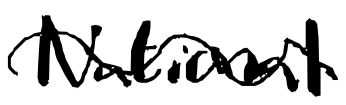
Text: National
Cross-out: wave
Writing tool: digital_black